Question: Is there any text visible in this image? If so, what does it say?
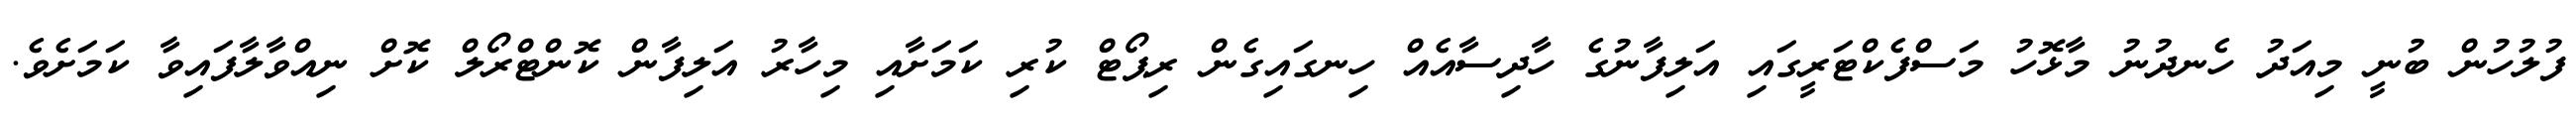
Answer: ފުލުހުން ބުނީ މިއަދު ހެނދުނު މާޅޮހު މަސްފެކްޓަރީގައި އަލިފާނުގެ ހާދިސާއެއް ހިނގައިގެން ރިޕޯޓް ކުރި ކަމަށާއި މިހާރު އަލިފާން ކޮންޓްރޯލް ކޮށް ނިއްވާލާފައިވާ ކަމަށެވެ.